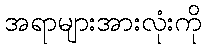
အရာများအားလုံးကို